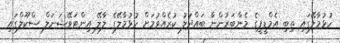
ހުޅުމާލޭގައި ތިބި އެމްޑީޕީގެ މެންބަރުންނާ ބައްދަލު ކުރެއްވުމަށް ހުޅުމާލޭގެ ލާލޭ އިންޓަވޭޝަނަލް ސްކޫލްގައި